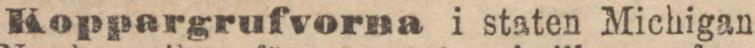
Koppargrufvorna i staten Michigan